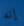
إنه